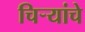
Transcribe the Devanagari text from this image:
चिर्‍यांचे